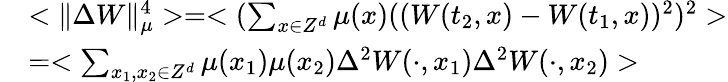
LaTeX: \begin{array}{rl}&{<\Vert\Delta W\Vert_{\mu}^{4}>=<(\sum_{x\in Z^{d}}\mu(x)((W(t_{2},x)-W(t_{1},x))^{2})^{2}>}\\ &{=<\sum_{x_{1},x_{2}\in Z^{d}}\mu(x_{1})\mu(x_{2})\Delta^{2}W(\cdot,x_{1})\Delta^{2}W(\cdot,x_{2})>}\end{array}